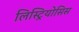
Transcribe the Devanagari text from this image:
लिस्ट्रियोसिस